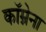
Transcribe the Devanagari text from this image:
कॉम्नेना